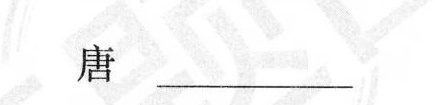
唐___